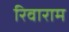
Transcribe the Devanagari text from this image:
रिवाराम